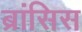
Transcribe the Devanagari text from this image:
ब्रांसिस